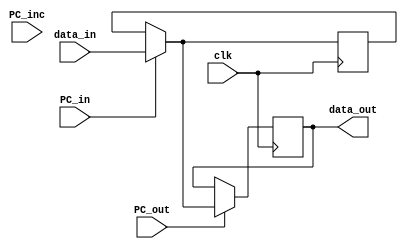
`timescale 1ns / 1ps
//////////////////////////////////////////////////////////////////////////////////
// Company: 
// Engineer: 
// 
// Design Name: 
// Module Name:    PC 
// Project Name: 
// Target Devices: 
// Tool versions: 
// Description: 
//
// Dependencies: 
//
// Revision: 
// Revision 0.01 - File Created
// Additional Comments: 
//
//////////////////////////////////////////////////////////////////////////////////
module PC(
    input clk,
    input PC_in,
    input PC_out,
    input PC_inc,
    input [3:0] data_in,
    output reg [3:0] data_out
    );
	 
reg [3:0] temp = 8'b00000000;

always @(posedge clk) begin
    if (PC_in) temp = data_in;
    if (PC_out) data_out = temp;
end

endmodule